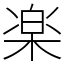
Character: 楽